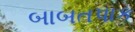
બાબતપાક